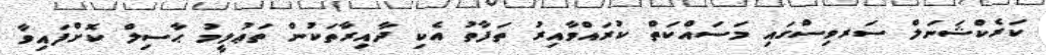
ކަރެކްޝަނަލް ސަރވިސްގައި މަސައްކަތް ކުރައްވާއިރު ތަފާތު އެކި ދާއިރާތަކުން ތަޢުލީމު ޙާސިލް ކޮށްފައިވާ